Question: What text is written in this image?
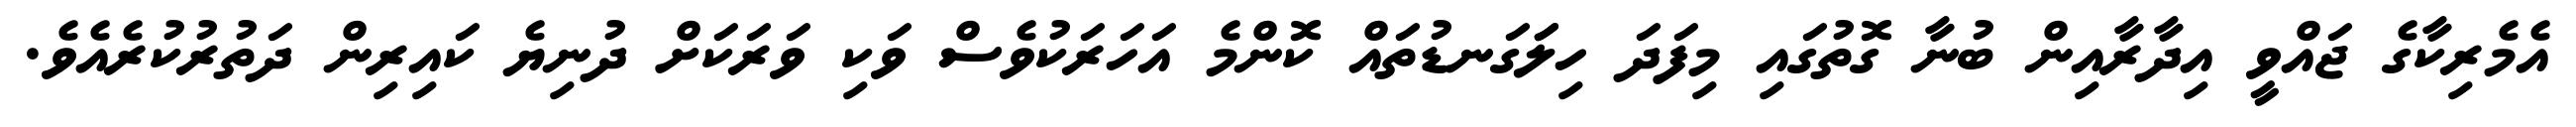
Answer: އެމެރިކާގެ ޖައްވީ އިދާރާއިން ބުނާ ގޮތުގައި މިފަދަ ހިލަަގަނޑުތައް ކޮންމެ އަހަރަކުވެސް ވަކި ވަރަކަށް ދުނިޔެ ކައިރިން ދަތުރުކުރެއެވެ.